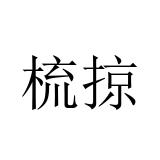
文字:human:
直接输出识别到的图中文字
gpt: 梳掠